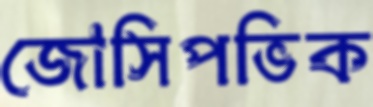
জোসিপভিক